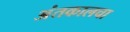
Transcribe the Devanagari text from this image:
अंतकालचा